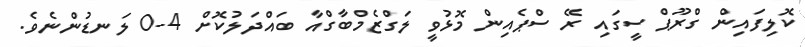
ކޮލިފައިން ގްރޫޕް ސީގައި ރޭ ސްޕެއިން މޮޅުވީ ލަގްޒެމްބާގްއާ ބައްދަލުކޮށް 4-0 ލަނޑުންނެވެ.